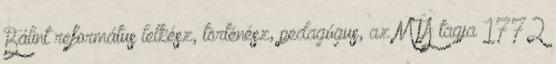
Bálint református lelkész, történész, pedagógus, az MTA tagja 1772